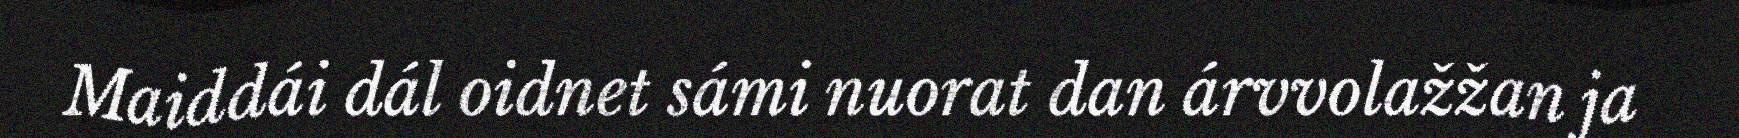
Maiddái dál oidnet sámi nuorat dan árvvolažžan ja